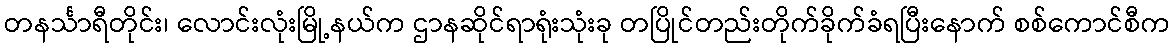
တနင်္သာရီတိုင်း၊ လောင်းလုံးမြို့နယ်က ဌာနဆိုင်ရာရုံးသုံးခု တပြိုင်တည်းတိုက်ခိုက်ခံရပြီးနောက် စစ်ကောင်စီက